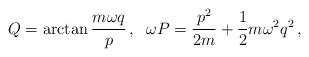
LaTeX: \begin{align*}Q = \arctan \frac{ m \omega q}{ p } \, , \; \; \omega P =\frac{p^2}{2 m} + \frac{1}{2} m \omega^2 q^2 \, ,\end{align*}